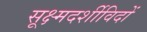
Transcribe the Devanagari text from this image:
सूक्ष्मदर्शीविदों